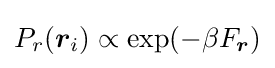
P_{r}({\boldsymbol {r}}_{i})\propto \exp(-\beta F_{\boldsymbol {r}})